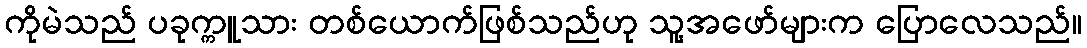
ကိုမဲသည် ပခုက္ကူသား တစ်ယောက်ဖြစ်သည်ဟု သူ့အဖော်များက ပြောလေသည်။